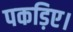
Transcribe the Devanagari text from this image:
पकड़िए।